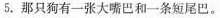
5.那只狗有一张大嘴巴和一条短尾巴。